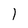
Character: 1